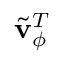
\Tilde { \mathbf { v } } _ { \phi } ^ { T }